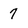
Character: 7